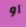
أو